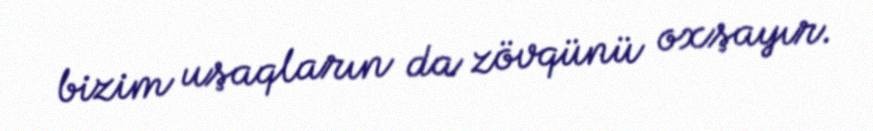
bizim uşaqların da zövqünü oxşayır.